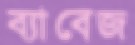
ব্যাবেজ